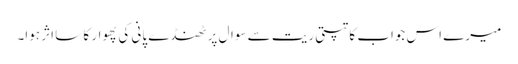
میرے اس جواب کا تپتی ریت سے سوال پر ٹھنڈے پانی کی پھوار کا سا اثر ہوا۔